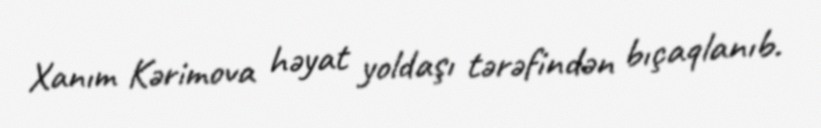
Xanım Kərimova həyat yoldaşı tərəfindən bıçaqlanıb.